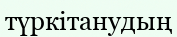
түркітанудың